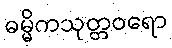
ဓမ္မိကသုတ္တဝရော